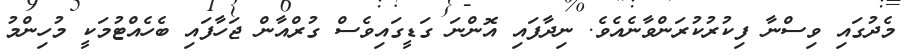
މެދުގައި ވިސްނާ ފިކުރުކުރަންވާނެއެވެ. ނިދާފައި އޮންނަ ގަޑީގައިވެސް ގުރްއާން ޖަހާފައި ބެހެއްޓުމަކީ މުހިންމު